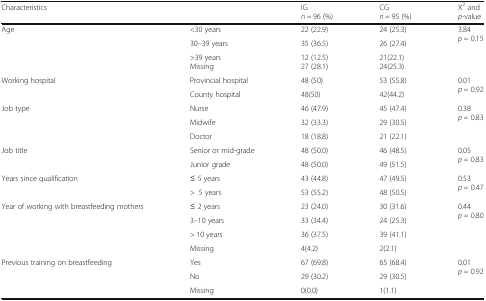
| <COLSPAN=2> Characteristics | IGn = 96 (%) | CGn = 95 (%) | X2 andp-value |
 | --- | --- | --- | --- | --- |
 | <ROWSPAN=3> Age | <30 years | 22 (22.9) | 24 (25.3) | <ROWSPAN=3> 3.84p = 0.15 |
 | 30–39 years | 35 (36.5) | 26 (27.4) |
 | >39 yearsMissing | 12 (12.5)27 (28.1) | 21(22.1)24(25.3) |
 | <ROWSPAN=2> Working hospital | Provincial hospital | 48 (50) | 53 (55.8) | <ROWSPAN=2> 0.01p = 0.92 |
 | County hospital | 48(50) | 42(44.2) |
 | <ROWSPAN=3> Job type | Nurse | 46 (47.9) | 45 (47.4) | <ROWSPAN=3> 0.38p = 0.83 |
 | Midwife | 32 (33.3) | 29 (30.5) |
 | Doctor | 18 (18.8) | 21 (22.1) |
 | <ROWSPAN=2> Job title | Senior or mid-grade | 48 (50.0) | 46 (48.5) | <ROWSPAN=2> 0.05p = 0.83 |
 | Junior grade | 48 (50.0) | 49 (51.5) |
 | <ROWSPAN=2> Years since qualification | ≤ 5 years | 43 (44.8) | 47 (49.5) | <ROWSPAN=2> 0.53p = 0.47 |
 | >5 years | 53 (55.2) | 48 (50.5) |
 | <ROWSPAN=4> Year of working with breastfeeding mothers | ≤ 2 years | 23 (24.0) | 30 (31.6) | <ROWSPAN=4> 0.44p = 0.80 |
 | 3–10 years | 33 (34.4) | 24 (25.3) |
 | > 10 years | 36 (37.5) | 39 (41.1) |
 | Missing | 4(4.2) | 2(2.1) |
 | <ROWSPAN=3> Previous training on breastfeeding | Yes | 67 (69.8) | 65 (68.4) | <ROWSPAN=3> 0.01p = 0.92 |
 | No | 29 (30.2) | 29 (30.5) |
 | Missing | 0(0.0) | 1(1.1) |